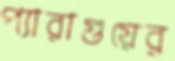
প্যারাগুয়ের